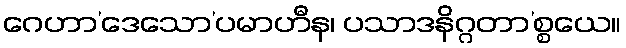
ဂေဟာ’ဒေသော’ပမာဟီန၊ ပသာဒနိဂ္ဂတာ’စ္စယေ။